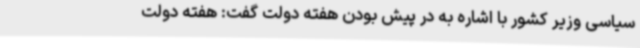
سیاسی وزیر کشور با اشاره به در پیش بودن هفته دولت گفت: هفته دولت